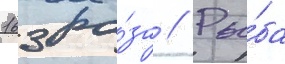
163 ра́за // Ры́ба